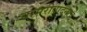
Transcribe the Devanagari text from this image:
बासरीवादनाचे